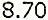
8.70